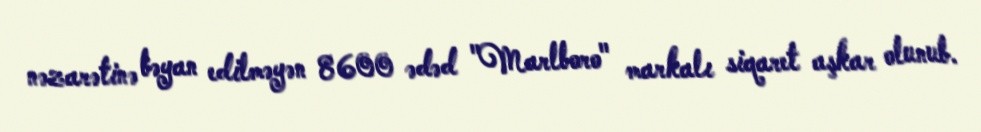
nəzarətinə bəyan edilməyən 8600 ədəd "Marlboro" markalı siqaret aşkar olunub.